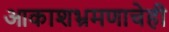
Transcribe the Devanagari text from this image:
आकाशभ्रमणाचेही